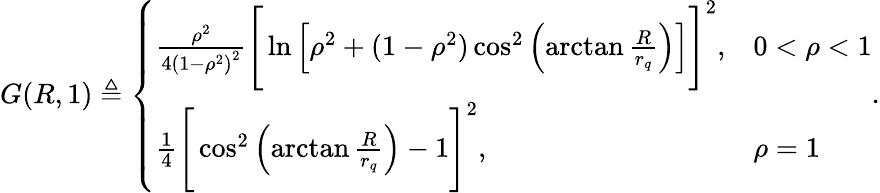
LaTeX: \begin{array}{r}{G(R,1)\triangleq\left\{ \begin{array}{ll}{\frac{\rho^{2}}{4\left(1-\rho^{2}\right)^{2}}\Bigg[\ln\left[\rho^{2}+(1-\rho^{2})\cos^{2}\left(\arctan\frac{R}{r_{q}}\right)\right]\Bigg]^{2},}&{0<\rho<1}\\ {\frac 14\Bigg[\cos^{2}\left(\arctan\frac{R}{r_{q}}\right)-1\Bigg]^{2},}&{\rho=1}\end{array}\right..}\end{array}